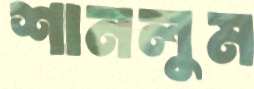
শানলুম